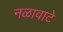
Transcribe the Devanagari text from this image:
नळावाटे